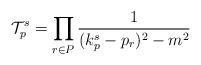
LaTeX: \begin{align*}{\cal T}_p^s= \prod_{r \in P} \frac{1}{(k_p^s-p_r)^2-m^2}\end{align*}